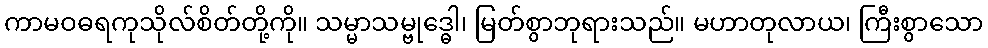
ကာမဝဓရကုသိုလ်စိတ်တို့ကို။ သမ္မာသမ္ဗုဒ္ဓေါ၊ မြတ်စွာဘုရားသည်။ မဟာတုလာယ၊ ကြီးစွာသော